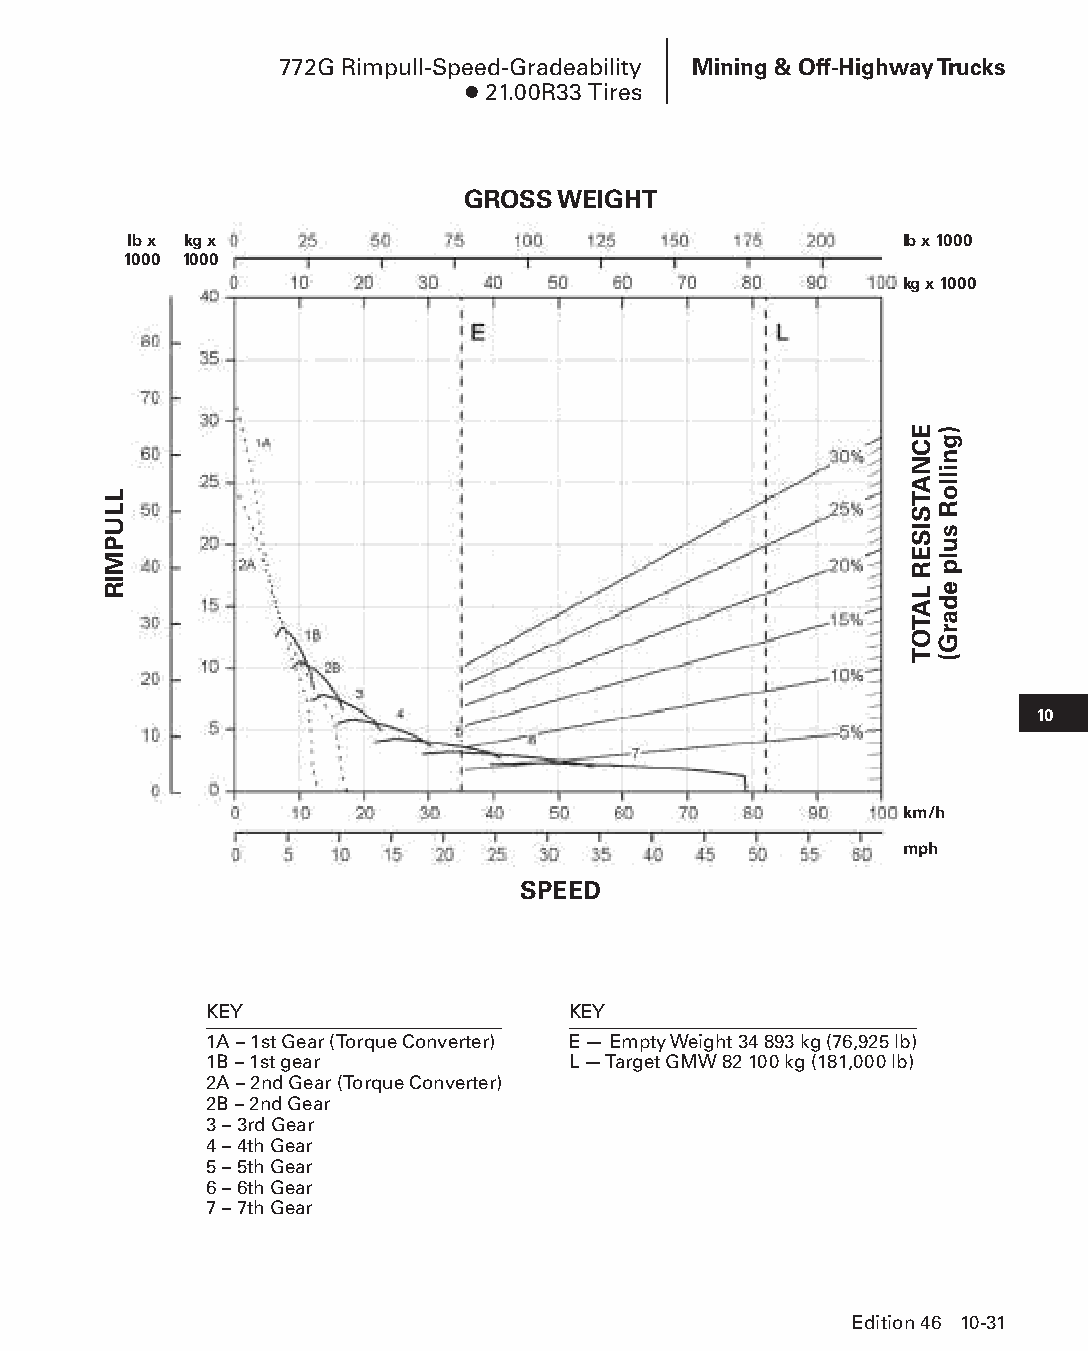
772G Rimpull-Speed-Gradeability Mining & Off-Highway Trucks
 ● 21.00R33 Tires
 GROSS WEIGHT
 lb x kg x                                          lb x 1000
 1000 1000
 kg x 1000
 10
 km/h
 mph
 SPEED
 KEY                     KEY
 1A – 1st Gear (Torque Converter) E — Empty Weight 34 893 kg (76,925 lb)
 1B – 1st gear           L — Target GMW 82 100 kg (181,000 lb)
 2A – 2nd Gear (Torque Converter)
 2B – 2nd Gear
 3 – 3rd Gear
 4 – 4th Gear
 5 – 5th Gear
 6 – 6th Gear
 7 – 7th Gear
 Edition 46 10-31
 PPHHBB--SSeecc1100((ppgg0011--5522))..iinndddd 3311            1122//44//1155 1100::4444 AAMM
 LLUPMIR
 ECNATSISER
 LATOT
 )gnilloR
 sulp
 edarG(